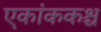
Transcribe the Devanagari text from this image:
एकांककश्च